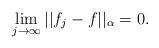
LaTeX: \begin{align*}\lim_{j\rightarrow \infty} || f_j - f ||_{\alpha } = 0.\end{align*}